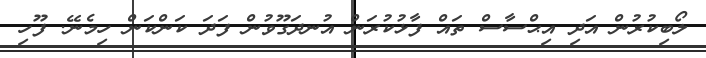
ލޯބިކުރުން އަދި އިޙްސާސް ތައް ފާޅުކުރަން އުނދަގޫވުން ފަދަ ކަންކަން ހިމެނޭ. ފޫހި